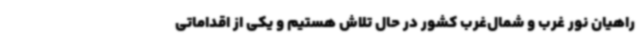
راهیان نور غرب و شمال‌غرب کشور در حال تلاش هستیم و یکی از اقداماتی